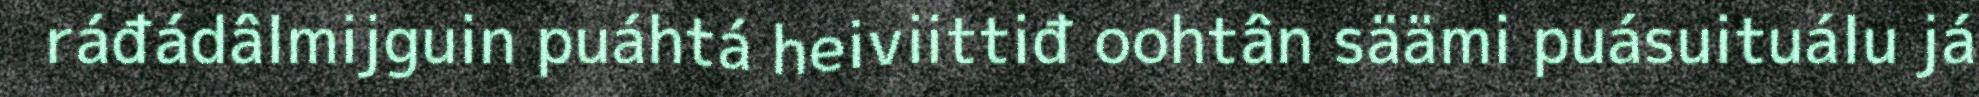
ráđádâlmijguin puáhtá heiviittiđ oohtân säämi puásuituálu já